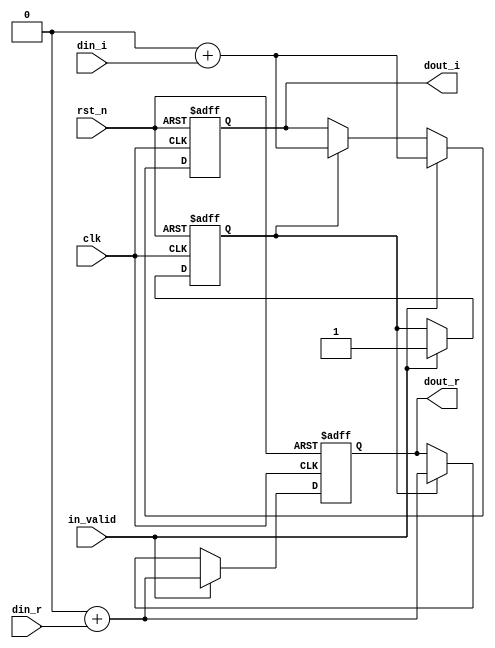
module shift_1(
input clk,
input rst_n,
input in_valid,
input signed [23:0] din_r,
input signed [23:0] din_i,
output signed [23:0] dout_r,
output signed [23:0] dout_i
);
integer i ;
reg [23:0] shift_reg_r ;
reg [23:0] shift_reg_i ;
reg [23:0] tmp_reg_r ;
reg [23:0] tmp_reg_i ;
reg [1:0] counter_1,next_counter_1;
reg valid,next_valid;

assign dout_r    = shift_reg_r[23:0];
assign dout_i    = shift_reg_i[23:0];

always@(*)begin
    next_counter_1 = counter_1 + 2'd1;
    tmp_reg_r = shift_reg_r;
    tmp_reg_i = shift_reg_i;
    next_valid = valid;
end

always@(posedge clk or negedge rst_n)begin
    if(~rst_n)begin
        shift_reg_r <= 0;
        shift_reg_i <= 0;
        counter_1  <= 0;
        valid      <= 0;
    end
    else 
    if (in_valid)begin
        counter_1        <= next_counter_1;
        shift_reg_r      <= (tmp_reg_r<<24) + din_r;
        shift_reg_i      <= (tmp_reg_i<<24) + din_i;
        valid            <= in_valid;
    end else if(valid)begin
        counter_1        <= next_counter_1;
        shift_reg_r      <= (tmp_reg_r<<24) + din_r;
        shift_reg_i      <= (tmp_reg_i<<24) + din_i;
        valid            <= next_valid;
    end
end

endmodule